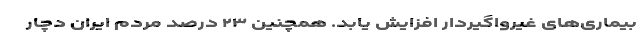
بیماری‌های غیرواگیردار افزایش یابد. همچنین ۲۳ درصد مردم ایران دچار